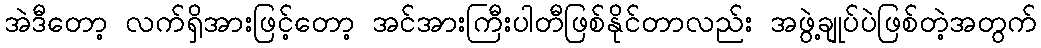
အဲဒီတော့ လက်ရှိအားဖြင့်တော့ အင်အားကြီးပါတီဖြစ်နိုင်တာလည်း အဖွဲ့ချုပ်ပဲဖြစ်တဲ့အတွက်